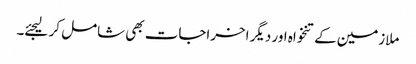
ملازمین کےتنخواہ اور دیگر اخراجات بھی شامل کر لیجئے۔